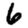
Digit: 6